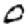
Digit: 0